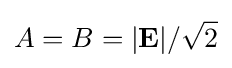
A=B=|\mathbf {E} |/{\sqrt {2}}